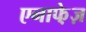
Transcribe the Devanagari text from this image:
एनाफे़ज़